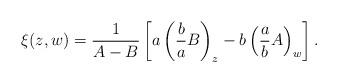
LaTeX: \begin{align*}\xi(z,w)=\frac{1}{A-B}\left[a\left(\frac{b}{a}B\right)_z-b\left(\frac{a}{b}A\right)_w\right].\end{align*}